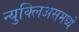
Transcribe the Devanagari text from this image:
न्युक्लिअसमध्ये